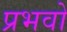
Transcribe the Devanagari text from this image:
प्रभवो